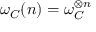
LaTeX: \omega _ { C } ( n ) = \omega _ { C } ^ { \otimes n }